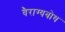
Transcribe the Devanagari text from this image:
वैराग्यबोध